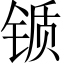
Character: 锧